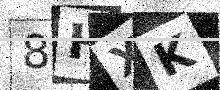
Text: 8HXK